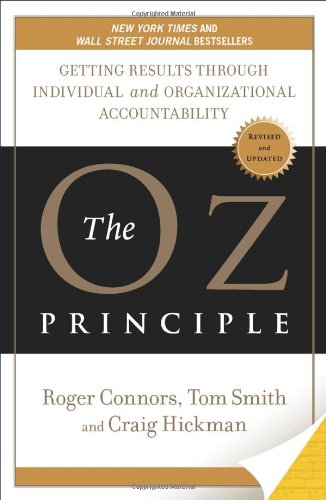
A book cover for The Oz Principle: Getting Results Through Individual and Organizational Accountability; Craig Hickman; Business & Money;